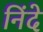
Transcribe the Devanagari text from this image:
निंदे